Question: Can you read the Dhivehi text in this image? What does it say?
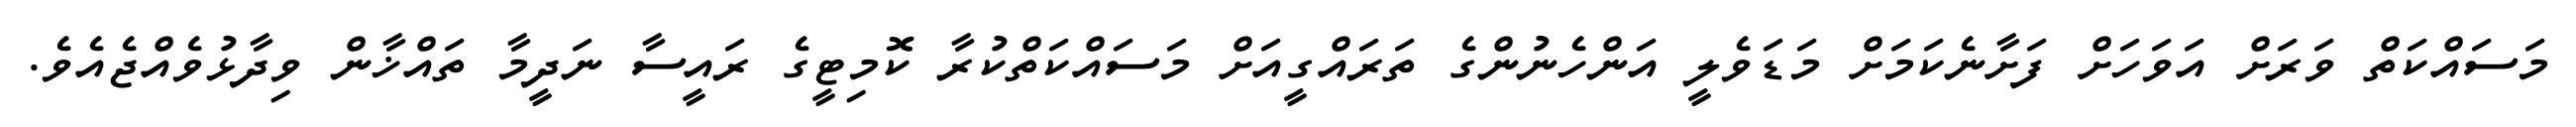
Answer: މަސައްކަތް ވަރަށް އަވަހަށް ފަށާނެކަމަށް މަޑަވެލީ އަންހެނުންގެ ތަރައްގީއަށް މަސައްކަތްކުރާ ކޮމިޓީގެ ރައީސާ ނަދީމާ ތައްޚާން ވިދާޅުވެއްޖެއެވެ.